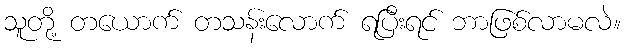
သူတို့ တယောက် တသန်းလောက် ရပြီးရင် ဘာဖြစ်လာမလဲ။